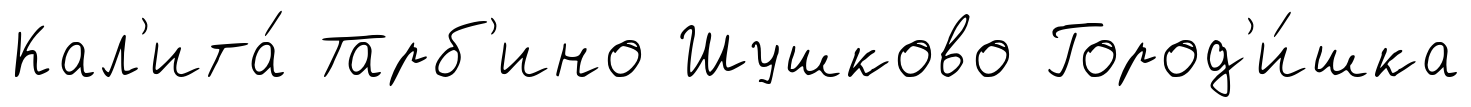
Кал'ита́ Тарб'ино Шушково Город'и́шка